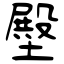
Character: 壂